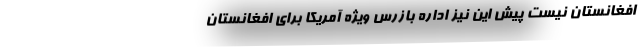
افغانستان نیست پیش این نیز اداره بازرس ویژه آمریکا برای افغانستان